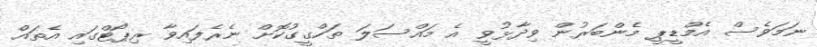
ނަމަވެސް އެމްޑީޕީ މެންބަރުން ވިދާޅުވީ އެ މައްސަލަ ތަހްގީގުކޮށް ނެރެފައިވާ ރިޕޯޓްގައި އެތައް